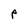
Character: P